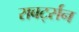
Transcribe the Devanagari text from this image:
राबर्ट्सन